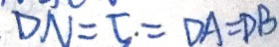
D N = 5 = D A = D B